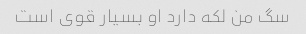
سگ من لکه دارد او بسیار قوی است